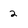
Character: 2